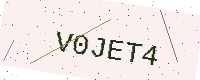
Text: V0JET4